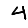
Digit: 4